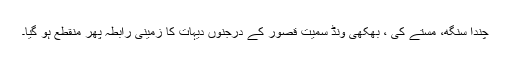
چندا سنگھ، مستے کی ، بھکھی ونڈ سمیت قصور کے درجنوں دیہات کا زمینی رابطہ پھر منقطع ہو گیا۔